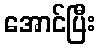
အောင်ပြီး